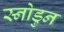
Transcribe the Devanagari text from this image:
स्नोडुन